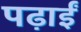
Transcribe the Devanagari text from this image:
पढ़ाईं